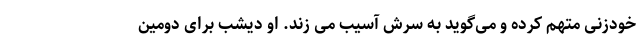
خودزنی متهم کرده و می‌گوید به سرش آسیب می زند. او دیشب برای دومین